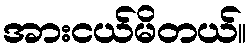
အားငယ်မိတယ်။